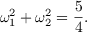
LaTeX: \omega _ { 1 } ^ { 2 } + \omega _ { 2 } ^ { 2 } = \frac { 5 } { 4 } .